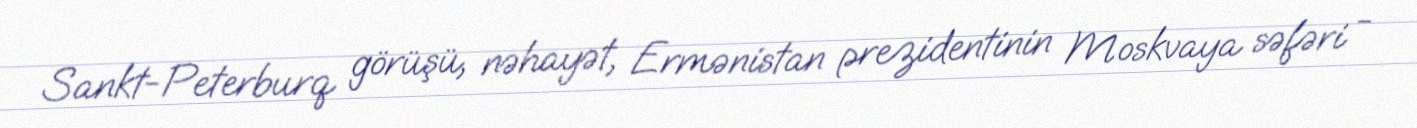
Sankt-Peterburq görüşü, nəhayət, Ermənistan prezidentinin Moskvaya səfəri -